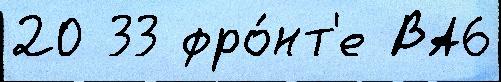
20 33 фро́нт'е ВА6